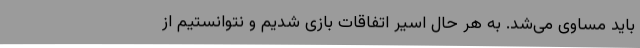
باید مساوی می‌شد. به هر حال اسیر اتفاقات بازی شدیم و نتوانستیم از